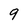
Character: 9